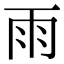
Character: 雨